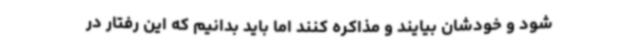
شود و خودشان بیایند و مذاکره کنند اما باید بدانیم که این رفتار در